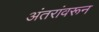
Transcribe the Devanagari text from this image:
अंतरांवरून